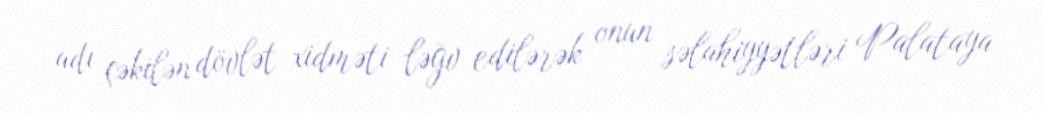
adı çəkilən dövlət xidməti ləğv edilərək onun səlahiyyətləri Palataya